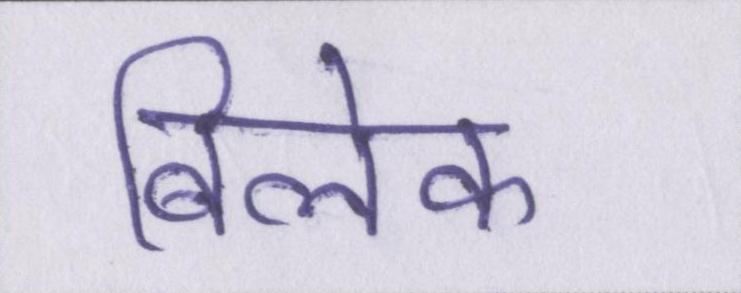
बिलेक